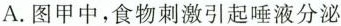
A. 图甲中，食物刺激引起唾液分泌